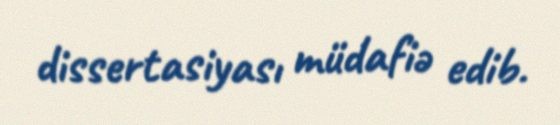
dissertasiyası müdafiə edib.